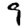
Digit: 9